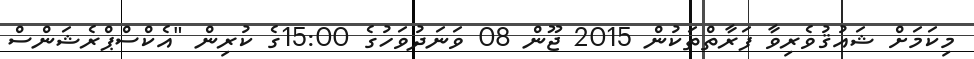
މިކަމަށް ޝައުޤުވެރިވާ ފަރާތްތަކުން 2015 ޖޫން 08 ވަނަދުވަހުގެ 15:00ގެ ކުރިން "އެކްސްޕްރެޝަންސް